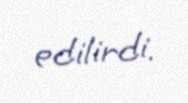
edilirdi.